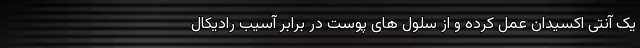
یک آنتی اکسیدان عمل کرده و از سلول های پوست در برابر آسیب رادیکال